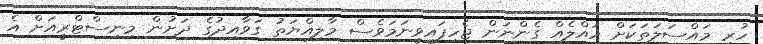
ހުރި މައްސަލަތަކަށް ހައްލެއް ގެންނަން ޖެހިފައިވީނަމަވެސް މާލިއްޔަތު ގަވާއިދުގެ ދަށުން މިނިސްޓްރީއަށް އެ